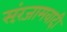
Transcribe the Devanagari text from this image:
संरंजामवादी